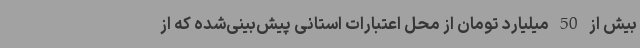
بیش از 50 میلیارد تومان از محل اعتبارات استانی پیش‌بینی‌شده که از